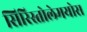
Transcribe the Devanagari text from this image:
सिरिस्तोलेमयोस